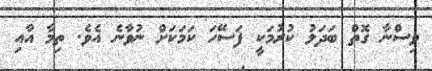
ވިސްނާ ގޮތް ބަދަލު ކުރުމަކީ ފަސޭހަ ކަމަކަށް ނުވާނެ އެވެ. ތިމާ އާއި